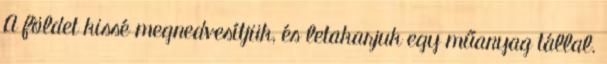
A földet kissé megnedvesítjük, és letakarjuk egy műanyag tállal.